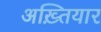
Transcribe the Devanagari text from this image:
अख़्तियार